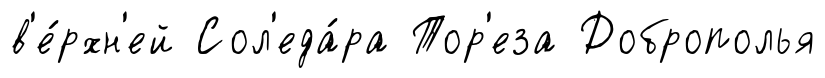
в'е́рхн'ей Сол'еда́ра Тор'еза Доброполья